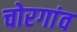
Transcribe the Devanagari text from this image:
चोरगांव